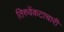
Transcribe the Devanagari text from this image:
तिरुवेंकटाचारी